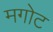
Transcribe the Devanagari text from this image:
मगोट